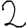
Digit: 2